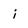
Character: i